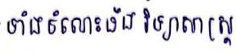
ទាំងចំណេះដឹងវិទ្យាសាស្ត្រ